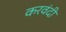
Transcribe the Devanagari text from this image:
करवंदी